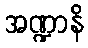
အဏ္ဍာနိ